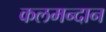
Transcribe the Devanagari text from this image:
कलमन्दान